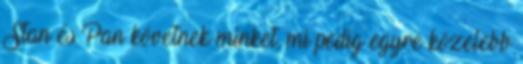
Stan és Pan követnek minket, mi pedig egyre közelebb